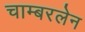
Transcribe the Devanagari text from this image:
चाम्बरलेन